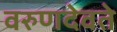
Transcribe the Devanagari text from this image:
वरुणदेवते